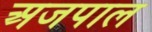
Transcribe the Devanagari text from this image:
अजपाल